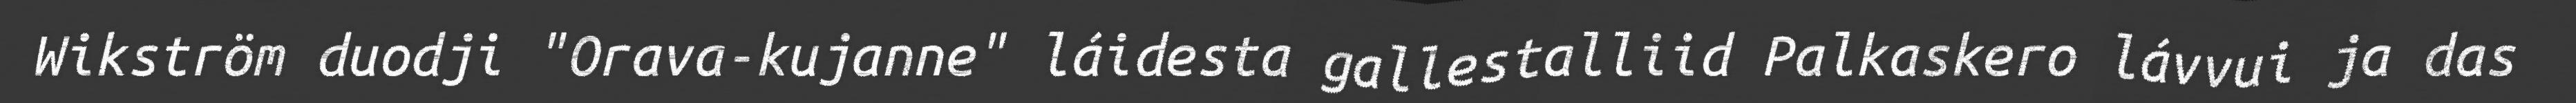
Wikström duodji "Orava-kujanne" láidesta gallestalliid Palkaskero lávvui ja das